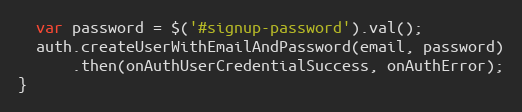
Language: JavaScript
  var password = $('#signup-password').val();
  auth.createUserWithEmailAndPassword(email, password)
      .then(onAuthUserCredentialSuccess, onAuthError);
}